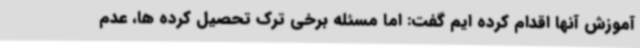
آموزش آنها اقدام کرده ایم گفت: اما مسئله برخی ترک تحصیل کرده ها، عدم